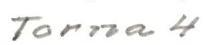
Torna 4